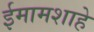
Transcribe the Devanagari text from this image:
ईमामशाहे